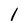
Character: l